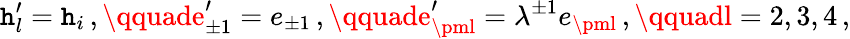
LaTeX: \mathtt{h}_{l}^{\prime}=\mathtt{h}_{i}\, ,\qquade_{\pm1}^{\prime}=e_{\pm1}\, ,\qquade_{\pml}^{\prime}=\lambda^{\pm1}e_{\pml}\, ,\qquadl=2,3,4\, ,